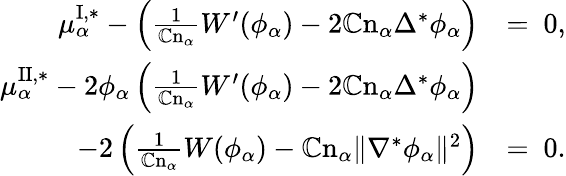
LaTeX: \begin{array}{rl}{\mu_{\alpha}^{\mathrm{I},*}-\left(\frac{1}{\mathbb{C}\mathrm{n}_{\alpha}}W^{\prime}(\phi_{\alpha})-2\mathbb{C}\mathrm{n}_{\alpha}\Delta^{*}\phi_{\alpha}\right)}&{=~0,}\\ {\mu_{\alpha}^{\mathrm{II},*}-2\phi_{\alpha}\left(\frac{1}{\mathbb{C}\mathrm{n}_{\alpha}}W^{\prime}(\phi_{\alpha})-2\mathbb{C}\mathrm{n}_{\alpha}\Delta^{*}\phi_{\alpha}\right)}&{}\\ {-2\left(\frac{1}{\mathbb{C}\mathrm{n}_{\alpha}}W(\phi_{\alpha})-\mathbb{C}\mathrm{n}_{\alpha}\| \nabla^{*}\phi_{\alpha}\| ^{2}\right)}&{=~0.}\end{array}